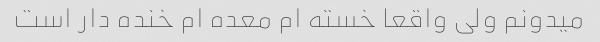
میدونم ولی واقعا خسته ام معده ام خنده دار است